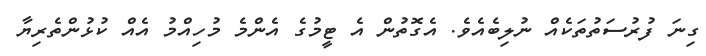
ގިނަ ފުރުސަތުތަކެއް ނުލިބެއެވެ. އެގޮތުން އެ ޓީމުގެ އެންމެ މުހިއްމު އެއް ކުޅުންތެރިޔާ